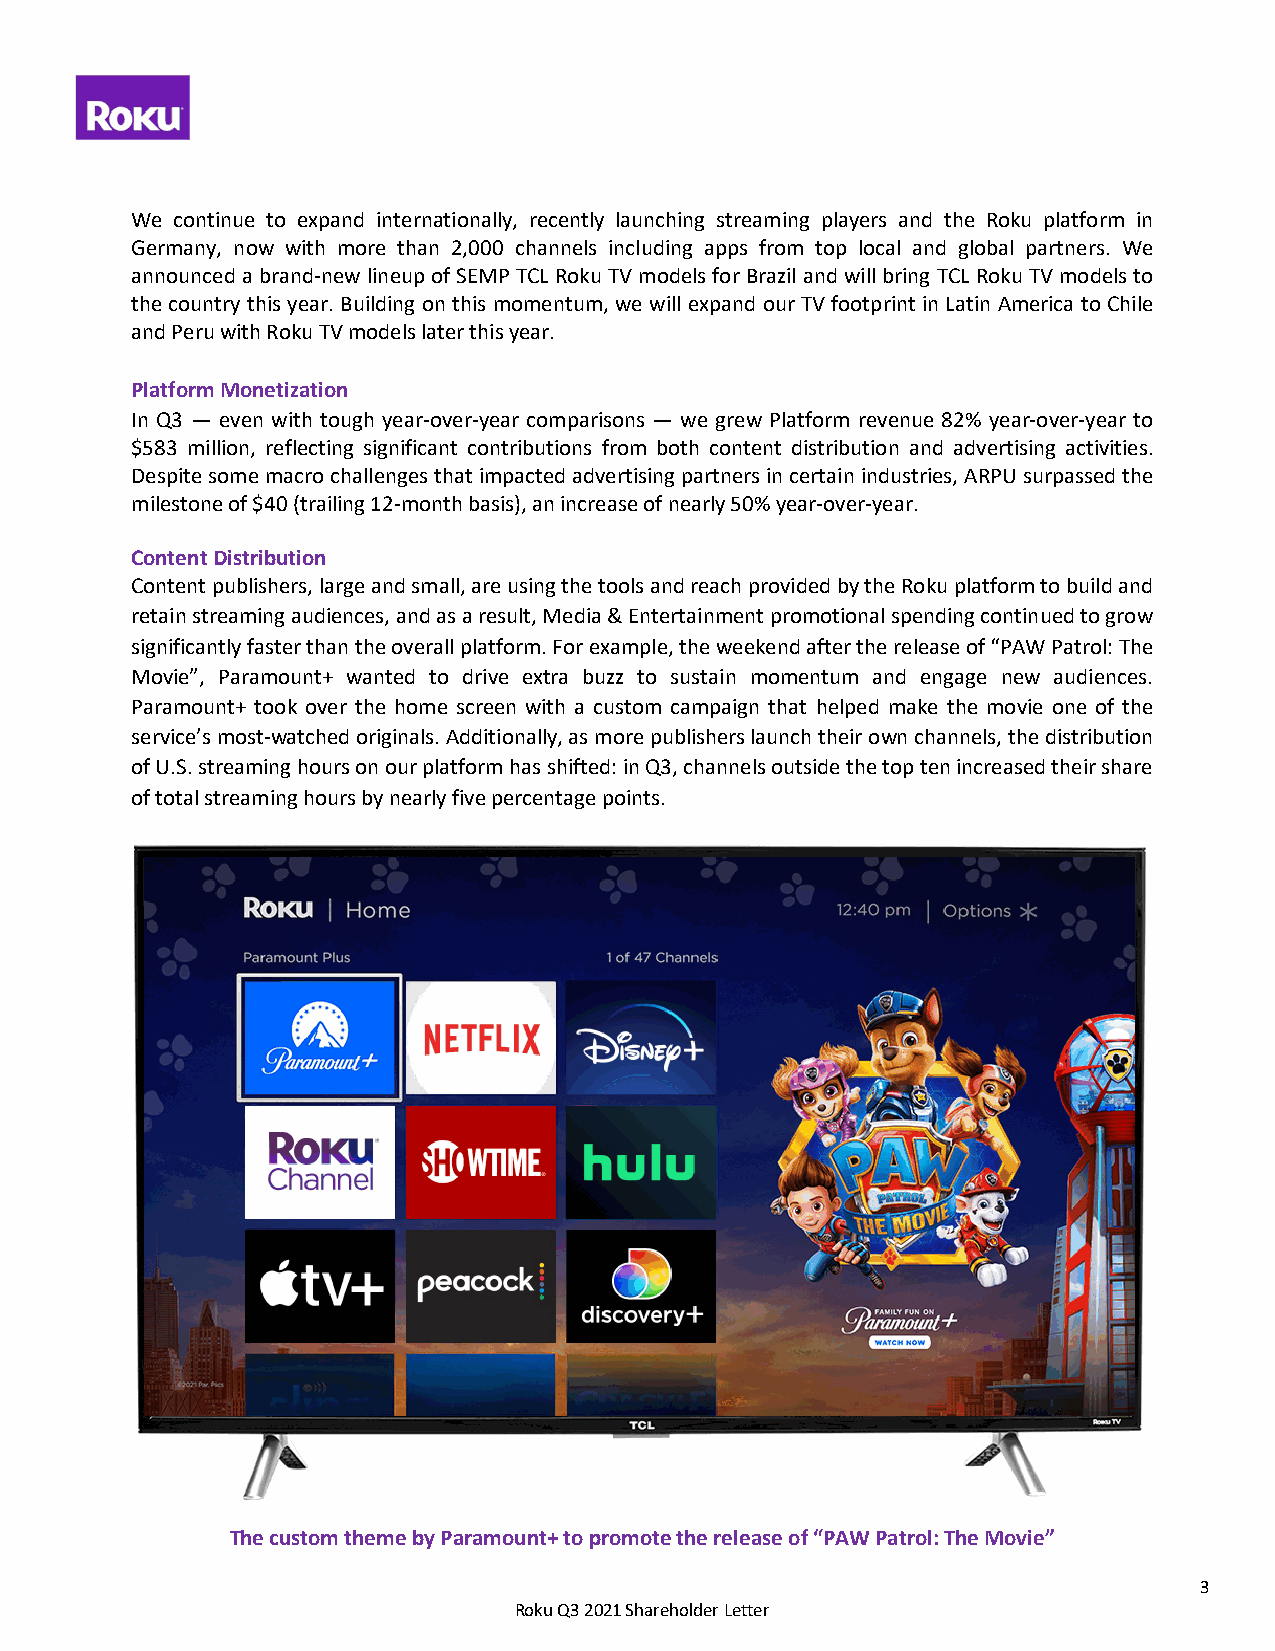
We continue to expand internationally, recently launching streaming players and the Roku platform in
 Germany, now with more than 2,000 channels including apps from top local and global partners. We
 announced a brand-new lineup of SEMP TCL Roku TV models for Brazil and will bring TCL Roku TV models to
 the country this year. Building on this momentum, we will expand our TV footprint in Latin America to Chile
 and Peru with Roku TV models later this year.
 Platform Monetization
 In Q3 — even with tough year-over-year comparisons — we grew Platform revenue 82% year-over-year to
 $583 million, reflecting significant contributions from both content distribution and advertising activities.
 Despite some macro challenges that impacted advertising partners in certain industries, ARPU surpassed the
 milestone of $40 (trailing 12-month basis), an increase of nearly 50% year-over-year.
 Content Distribution
 Content publishers, large and small, are using the tools and reach provided by the Roku platform to build and
 retain streaming audiences, and as a result, Media & Entertainment promotional spending continued to grow
 significantly faster than the overall platform. For example, the weekend after the release of “PAW Patrol: The
 Movie”, Paramount+ wanted to drive extra buzz to sustain momentum and engage new audiences.
 Paramount+ took over the home screen with a custom campaign that helped make the movie one of the
 service’s most-watched originals. Additionally, as more publishers launch their own channels, the distribution
 of U.S. streaming hours on our platform has shifted: in Q3, channels outside the top ten increased their share
 of total streaming hours by nearly five percentage points.
 The custom theme by Paramount+ to promote the release of “PAW Patrol: The Movie”
 3
 Roku Q3 2021 Shareholder Letter